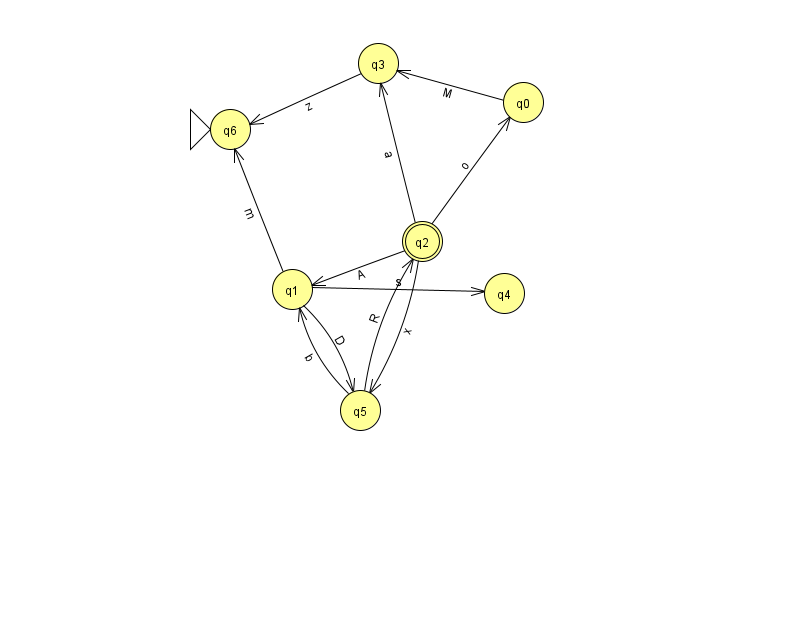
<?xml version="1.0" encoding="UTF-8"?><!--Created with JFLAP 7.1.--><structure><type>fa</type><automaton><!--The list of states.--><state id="0" name="q0"><x>523.0</x><y>89.0</y></state><state id="1" name="q1"><x>292.0</x><y>276.0</y></state><state id="2" name="q2"><x>422.0</x><y>228.0</y><final/></state><state id="3" name="q3"><x>378.0</x><y>50.0</y></state><state id="4" name="q4"><x>504.0</x><y>280.0</y></state><state id="5" name="q5"><x>360.0</x><y>397.0</y></state><state id="6" name="q6"><x>230.0</x><y>116.0</y><initial/></state><!--The list of transitions.--><transition><from>0</from><to>3</to><read>M</read></transition><transition><from>1</from><to>6</to><read>m</read></transition><transition><from>5</from><to>1</to><read>b</read></transition><transition><from>1</from><to>5</to><read>D</read></transition><transition><from>2</from><to>0</to><read>o</read></transition><transition><from>2</from><to>5</to><read>x</read></transition><transition><from>1</from><to>4</to><read>s</read></transition><transition><from>2</from><to>3</to><read>a</read></transition><transition><from>3</from><to>6</to><read>z</read></transition><transition><from>2</from><to>1</to><read>A</read></transition><transition><from>5</from><to>2</to><read>R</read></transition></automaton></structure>